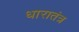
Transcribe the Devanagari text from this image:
धारातंत्र